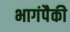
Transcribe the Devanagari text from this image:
भागंपैकी